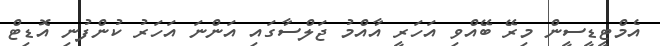
އެމްޓީޑީސީން މިރޭ ބޭއްވި އަހަރީ އާއްމު ޖަލްސާގައި އަންނަ އަހަރު ކުންފުނި އޮޑިޓް